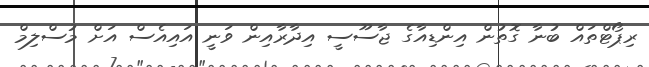
ރިޕޯޓްތައް ބުނާ ގޮތުން އިންޑިއާގެ ޖާސޫސީ އިދާރާއިން ވަނީ އައިއެސް އަށް މުސްލިމް